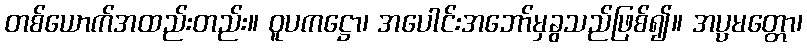
တစ်ယောက်အထည်းတည်း။ ဝူပကဋ္ဌော၊ အပေါင်းအဘော်မှခွသည်ဖြစ်၍။ အပ္ပမတ္တော၊